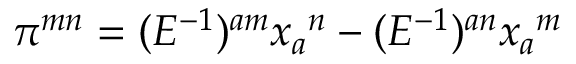
\pi ^ { m n } = ( E ^ { - 1 } ) ^ { a m } x _ { a } { } ^ { n } - ( E ^ { - 1 } ) ^ { a n } x _ { a } { } ^ { m }